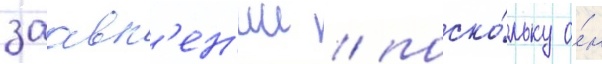
заавл'ен'ии / поско́льку о́н